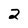
Character: 2